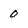
Character: 0